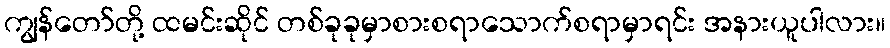
ကျွန်တော်တို့ ထမင်းဆိုင် တစ်ခုခုမှာစားစရာသောက်စရာမှာရင်း အနားယူပါလား။